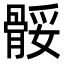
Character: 骽